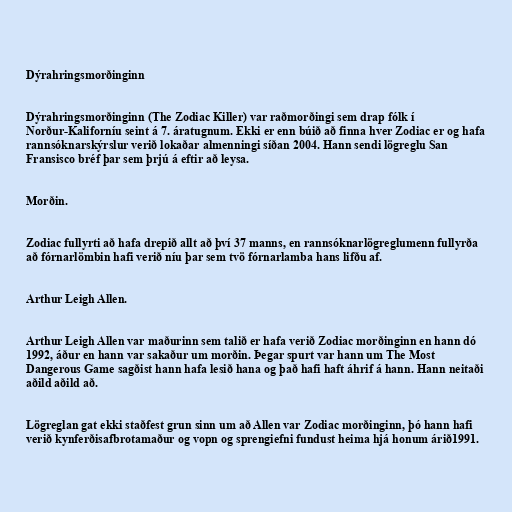
Dýrahringsmorðinginn

Dýrahringsmorðinginn (The Zodiac Killer) var raðmorðingi sem drap fólk í
Norður-Kaliforníu seint á 7. áratugnum. Ekki er enn búið að finna hver Zodiac er og hafa
rannsóknarskýrslur verið lokaðar almenningi síðan 2004. Hann sendi lögreglu San
Fransisco bréf þar sem þrjú á eftir að leysa.

Morðin.

Zodiac fullyrti að hafa drepið allt að því 37 manns, en rannsóknarlögreglumenn fullyrða
að fórnarlömbin hafi verið níu þar sem tvö fórnarlamba hans lifðu af.

Arthur Leigh Allen.

Arthur Leigh Allen var maðurinn sem talið er hafa verið Zodiac morðinginn en hann dó
1992, áður en hann var sakaður um morðin. Þegar spurt var hann um The Most
Dangerous Game sagðist hann hafa lesið hana og það hafi haft áhrif á hann. Hann neitaði
aðild aðild að.

Lögreglan gat ekki staðfest grun sinn um að Allen var Zodiac morðinginn, þó hann hafi
verið kynferðisafbrotamaður og vopn og sprengiefni fundust heima hjá honum árið1991.